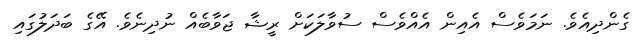
ގެންދިއެވެ. ނަމަވެސް އެއިން އެއްވެސް ސުވާލަކަށް ރީޝާ ޖަވާބެއް ނުދިނެވެ. އޭގެ ބަދަލުގައި